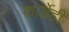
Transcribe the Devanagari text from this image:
कार्डेही